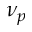
\nu _ { p }